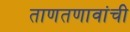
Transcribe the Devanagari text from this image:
ताणतणावांची